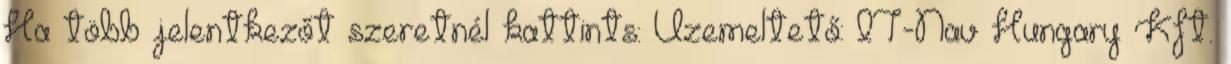
Ha több jelentkezőt szeretnél kattints: Üzemeltető: IT-Nav Hungary Kft.